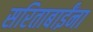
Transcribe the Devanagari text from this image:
सरिताबाईंना